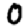
Digit: 0